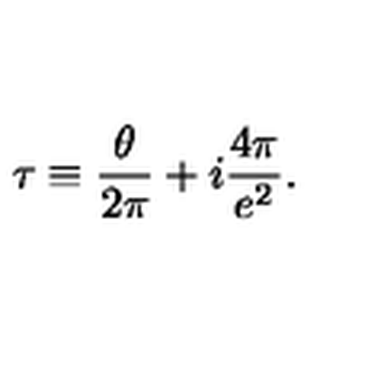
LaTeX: \tau \equiv \frac { \theta } { 2 \pi } + i \frac { 4 \pi } { e ^ { 2 } } .